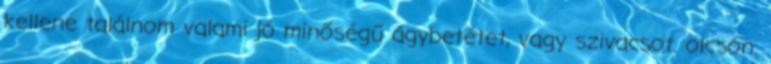
kellene találnom valami jó minőségű ágybetétet, vagy szivacsot. olcsón.